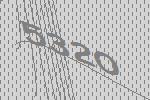
5320